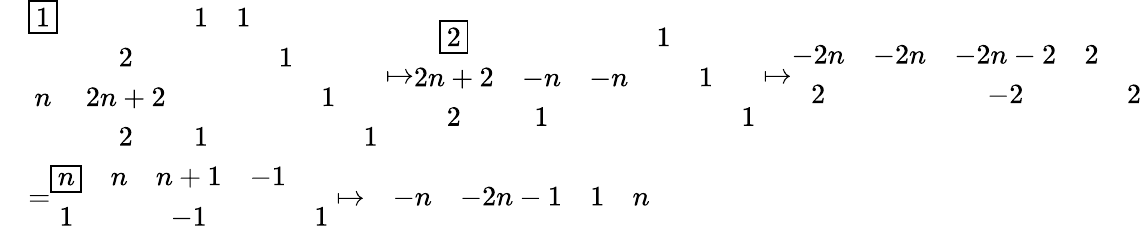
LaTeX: \begin{array}{rl}&{\begin{array}{ccccccc}{\boxed{1}}&&{1}&{1}&&&\\ &{2}&&&{1}&&\\ {n}&{2n+2}&&&&{1}&\\ &{2}&{1}&&&&{1}\end{array}\mapsto\begin{array}{cccccc}{\boxed{2}}&&&{1}&&\\ {2n+2}&{-n}&{-n}&&{1}&\\ {2}&{1}&&&&{1}\end{array}\mapsto\begin{array}{ccccc}{-2n}&{-2n}&{-2n-2}&{2}&\\ {2}&&{-2}&&{2}\end{array}}\\ &{=\begin{array}{ccccc}{\boxed{n}}&{n}&{n+1}&{-1}&\\ {1}&&{-1}&&{1}\end{array}\mapsto\begin{array}{ccccc}&{-n}&{-2n-1}&{1}&{n}\end{array}}\end{array}